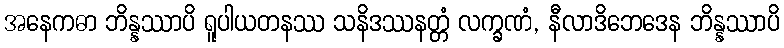
အနေကဓာ ဘိန္နဿာပိ ရူပါယတနဿ သနိဒဿနတ္တံ လက္ခဏံ, နီလာဒိဘေဒေန ဘိန္နဿာပိ